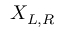
X _ { L , R }